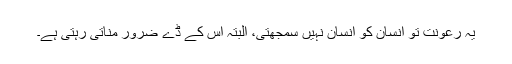
یہ رعونت تو انسان کو انسان نہیں سمجھتی، البتہ اس کے ڈے ضرور مناتی رہتی ہے۔